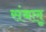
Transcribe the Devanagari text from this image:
संबलू